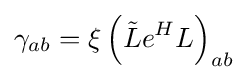
\gamma _{ab}=\xi \left({\tilde {L}}e^{H}L\right)_{ab}